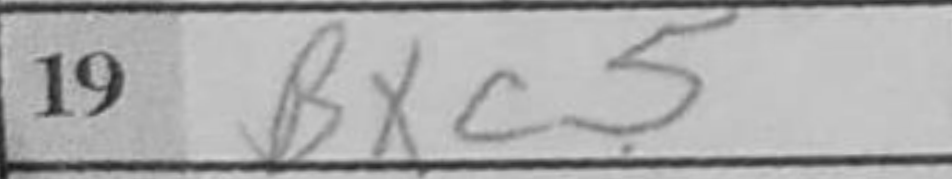
Transcription: Bxc5